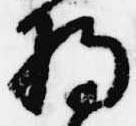
将